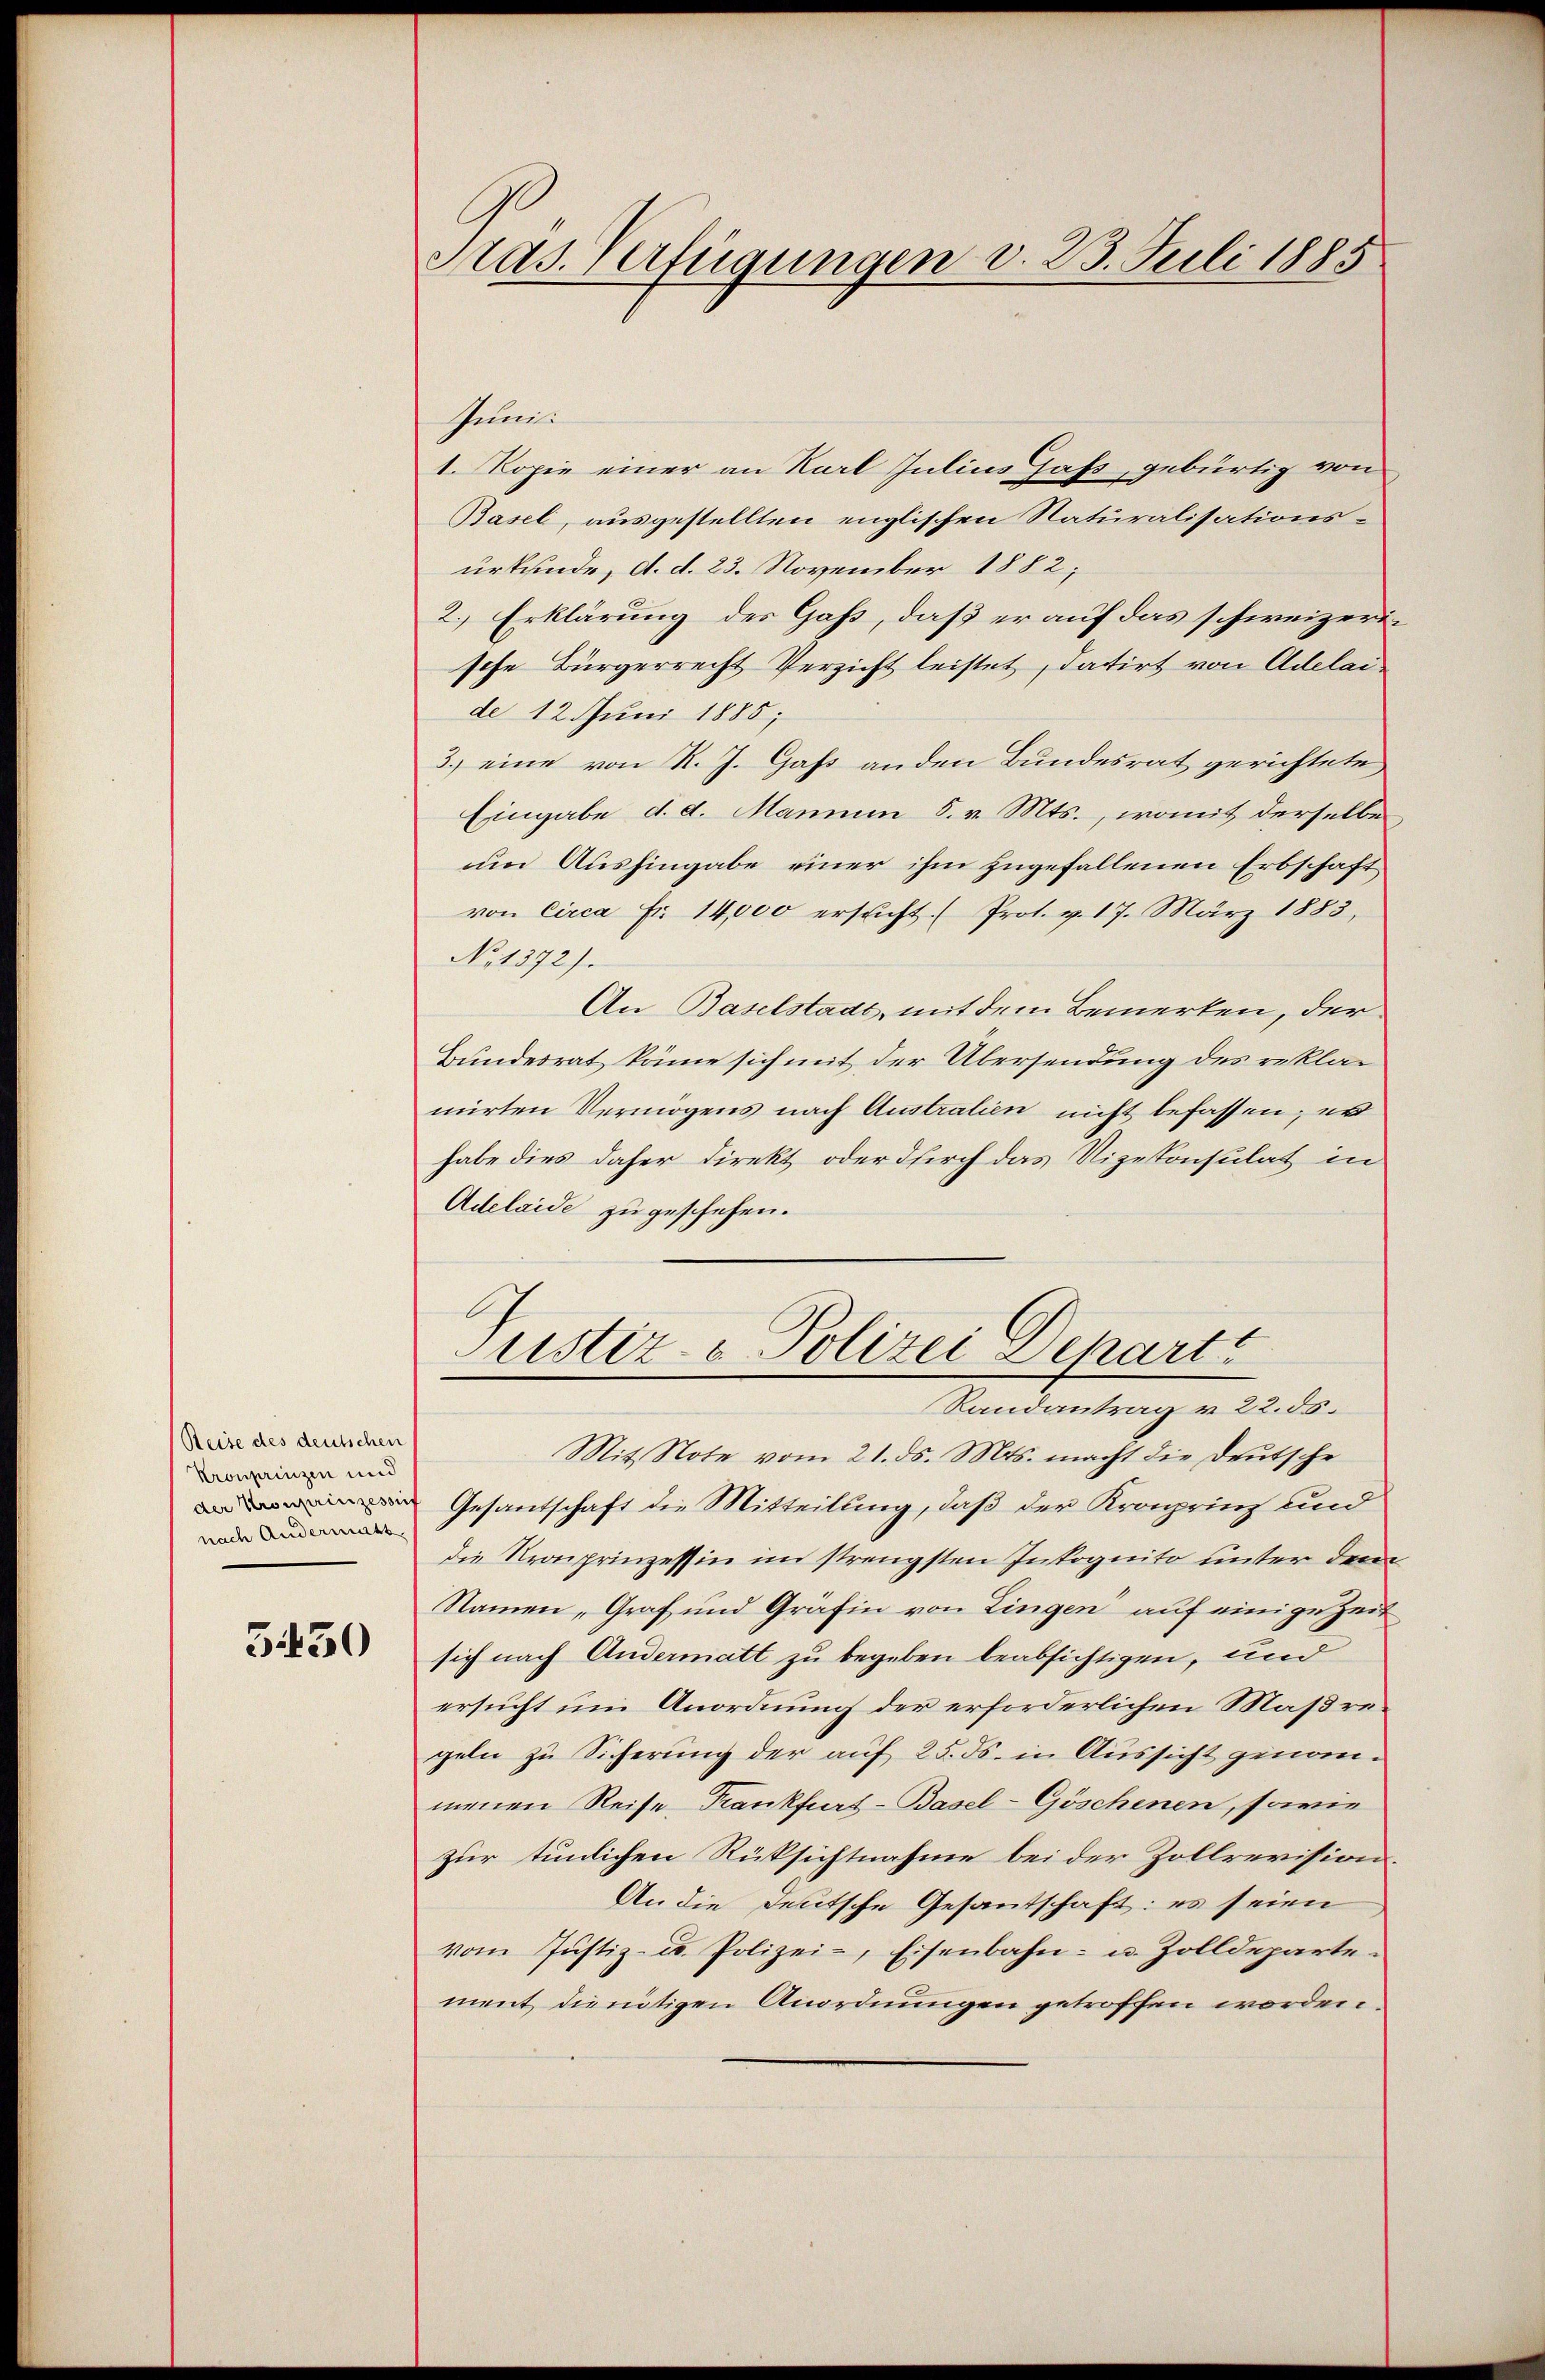
Reise des deutschen
Kronprinzen und
der Kronprinzessis
nach Andermatt

3450

Aas. Verfügungen v. 23. Juli 1885

Juni.
1. Kopie einer an Karl Julius Gass, gebürtig von
Basel, ausgestellten englischen Naturalisationsurkunde, d. d. 23. November 1882;
2.) Erklärung des Gas, daß er auf das schweizerische Bürgerrecht Verzicht leistet, datirt von Adelaide 12. Juni 1885;
3.) eine von R. J. Gas anden Bundesrat gerichtete
Eingabe d. d. Manum 5. v. Mts., womit derselbe
um Aushingabe einer ihm zugefallenen Erbschaft
von Circa Fr. 14,000 ersucht. (Prot. v. 17. März 1883,
No 1372).
An Baselstadt, mit dem Bemerken, der
Bundesrat könne sich mit der Übersendung des reklamirten Vermögens nach Austratien nicht befassen; es
habe dies daher direkt oder durch das Vizekonsulat in
Adelaide zu geschehen.
Justiz- & Polizei Depart
Randantrag v. 22. ds.
Mit Note vom 21. ds. Mts. macht die Deutsche
Gesandschaft die Mitteilung, daß der Kronprinz und
die Kronprinzessin im strengsten Inkognito unter den
Namen „Graf und Gräfin von Lingen auf einige Zeit
sich nach Andermatt zu begeben beabsichtigen, und
ersucht um Anordnung der erforderlichen Maßregeln zu Sicherung der auf 25. ds. in Aussicht genommenen Reise Krankfurt-Basel-Göschenen, sowie
zur tunlichen Rüksichtnahme bei der Zollrevision.
An die Deutsche Gesantschaft: es seien
vom Justiz- u. Polizei-, Eisenbahn- u. Zolldeparte-
ment die nötigen Anordnungen getroffen worden.